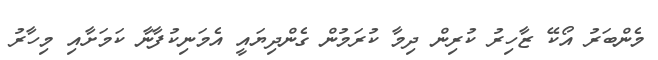
މެންބަރު އޯކޭ ޒާހިރު ކުރިން ދިމާ ކުރަމުން ގެންދިޔައީ އެމަނިކުފާނާ ކަމަށާއި މިހާރު